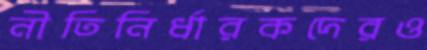
নীতিনির্ধারকদেরও